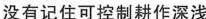
没有记住可控制耕作深浅